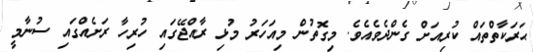
ޙަރަކާތްތައް ކުރިއަށް ގެންދެވެއެވެ. މިގޮތުން މިއަހަރު މުޅި ރާއްޖޭގައި ހުރިހާ ރަށެއްގައި ސުނާމީ